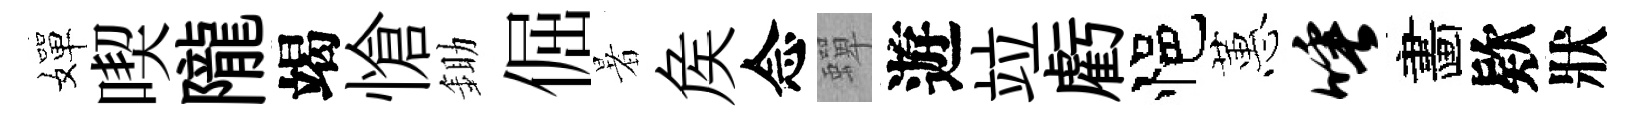
嬋喫隴竭愴鋤倔暑矦念蟬遊竝虧悒蕙唾畵欵狀